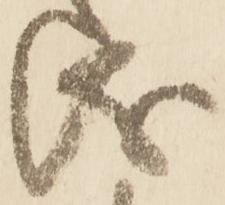
儀